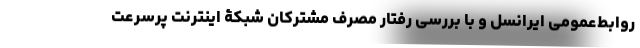
روابط‌عمومی ایرانسل و با بررسی رفتار مصرف مشترکان شبکۀ اینترنت پرسرعت